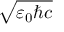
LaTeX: \sqrt { \varepsilon _ { 0 } \hbar c }